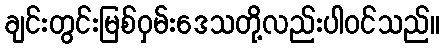
ချင်းတွင်းမြစ်ဝှမ်းဒေသတို့လည်းပါဝင်သည်။